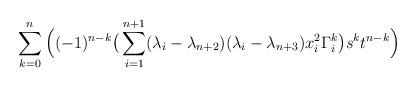
LaTeX: \begin{align*}\sum_{k=0}^n \Big( (-1)^{n-k} \big( \sum_{i=1}^{n+1}(\lambda_i-\lambda_{n+2})(\lambda_i-\lambda_{n+3}) x_i^2 \Gamma_i^k \big) s^kt^{n-k} \Big)\end{align*}